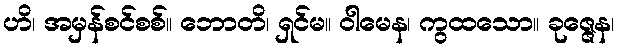
ဟိ၊ အမှန်စင်စစ်။ ဘောတိ၊ ရှင်မ။ ဝါမေန၊ ကွထသော။ ခုဇ္ဇေန၊